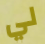
لي